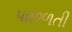
પાછળતી